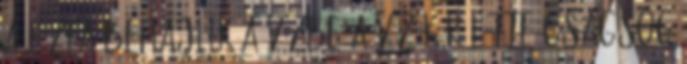
A fűzfa behajlik a vízbe a víz körülötte csacsog